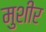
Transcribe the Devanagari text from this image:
मुशीर